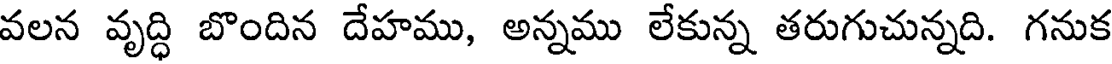
వలన వృద్ధి బొందిన దేహము, అన్నము లేకున్న తరుగుచున్నది. గనుక